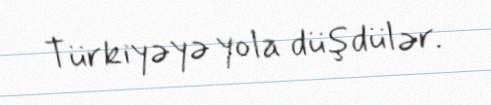
Türkiyəyə yola düşdülər.